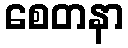
စေတနာ